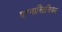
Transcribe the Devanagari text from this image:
एग्नास्टिसिज़्म